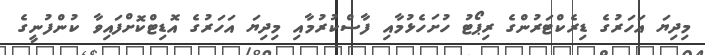
މިދިޔަ އަހަރުގެ ޑިރެކްޓަރުންގެ ރިޕޯޓު ހުށަހެޅުމާއި ފާސްކުރުމާއި މިދިޔަ އަހަރުގެ އޮޑިޓްކޮށްފައިވާ ކުންފުނީގެ